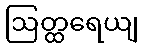
ဩတ္ထရေယျ